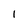
Character: 1